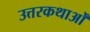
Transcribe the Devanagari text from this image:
उत्तरकथाओँ